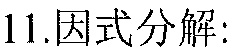
11.因式分解: